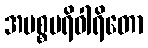
အမစ္စပရိဝါရိတော